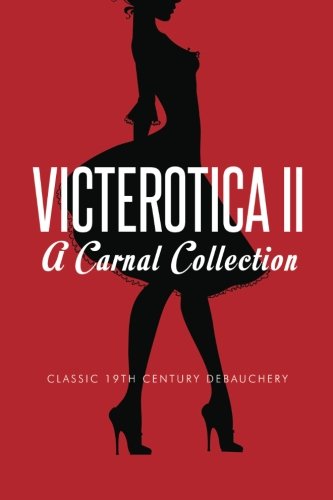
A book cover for Victerotica II - A Carnal Collection (More Sex Stories from the Victorian Age); Anonymous; Romance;